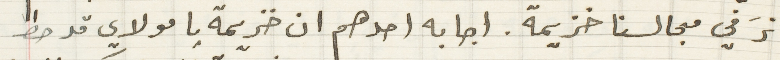
نرَ في مجالسنا خزيمة. اجابه احدهم ان خزيمة يا مولاي قد حط